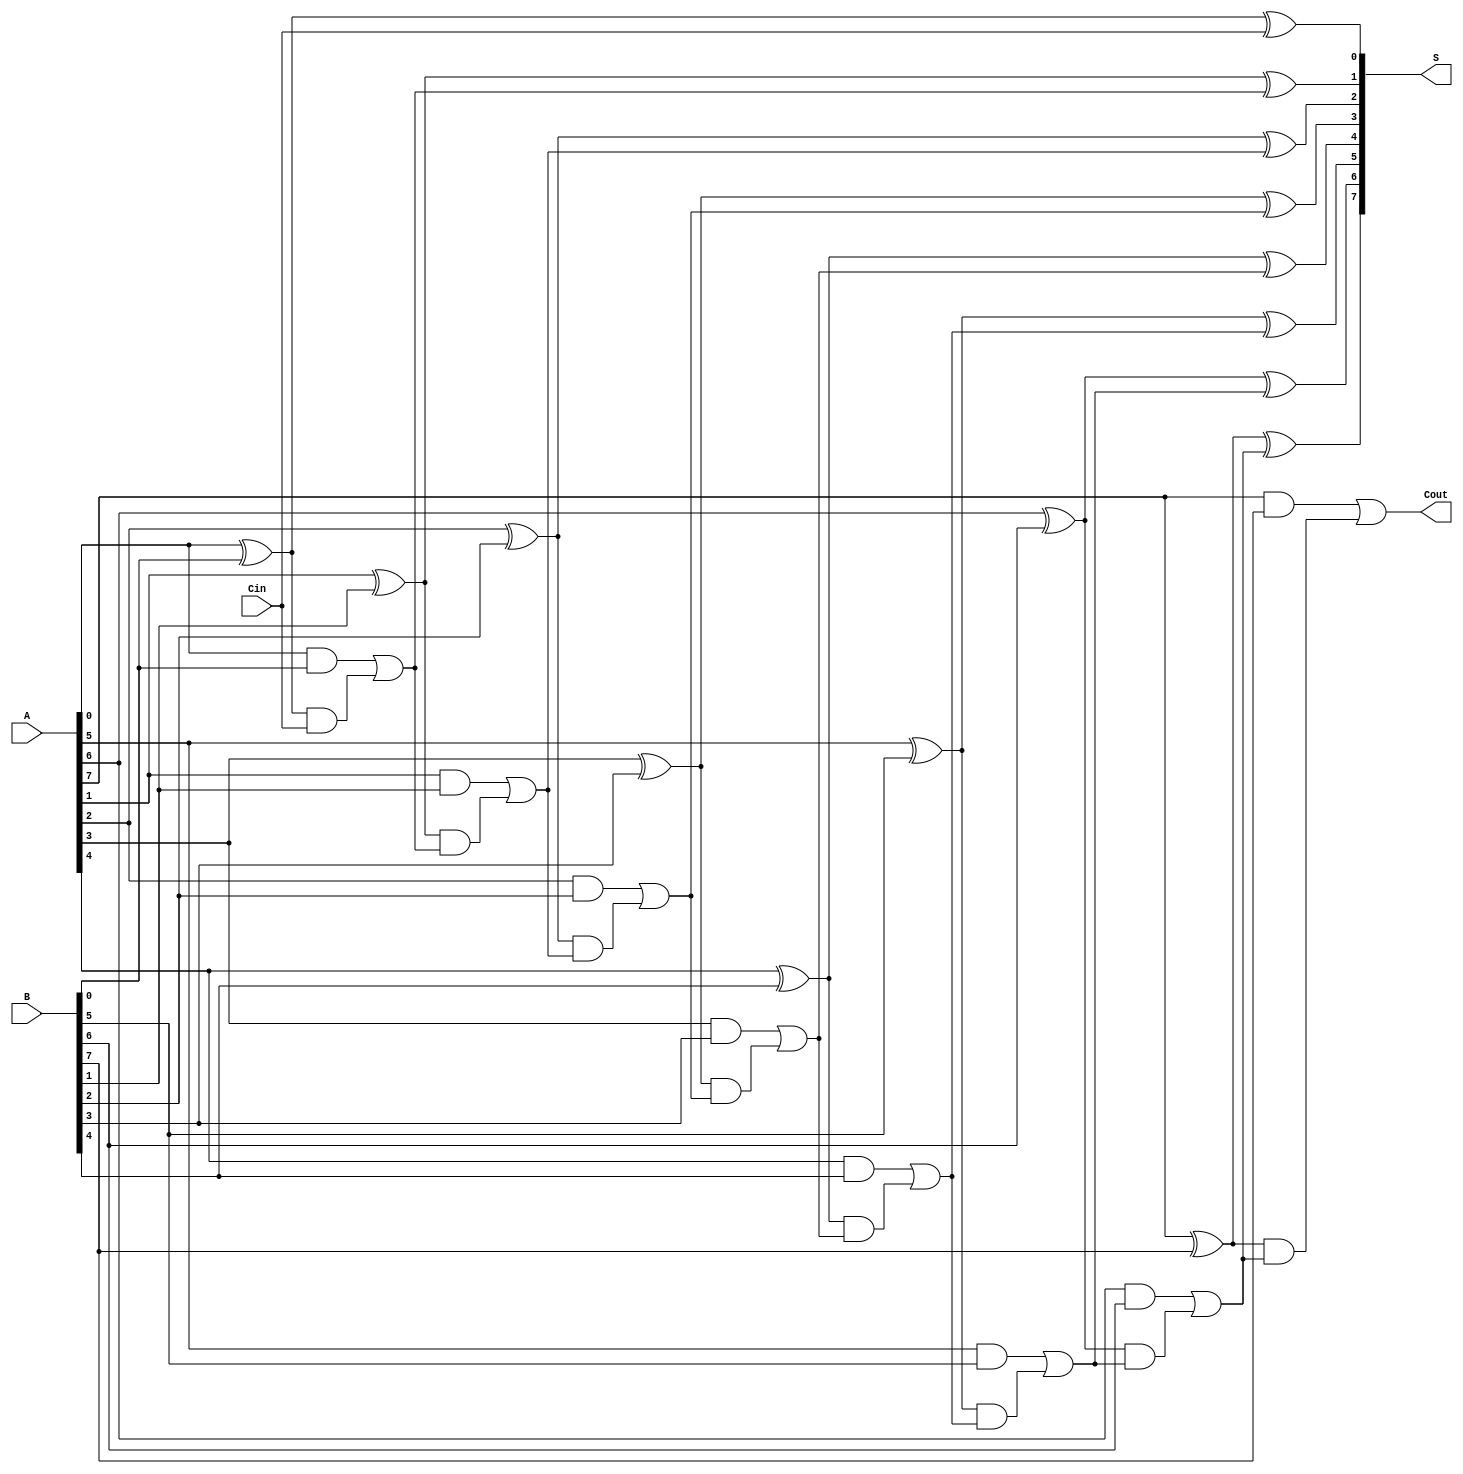
module LingAdder #(parameter n = 8) (
    input [n-1:0] A,      // First input
    input [n-1:0] B,      // Second input
    input Cin,            // Input carry
    output [n-1:0] S,     // Sum output
    output Cout           // Carry output
);

    wire [n:0] C;         // Carry signals
    wire [n-1:0] G;       // Generate signals
    wire [n-1:0] P;       // Propagate signals

    // Generate and Propagate signals
    genvar i;
    generate
        for (i = 0; i < n; i = i + 1) begin : gen_prop
            assign G[i] = A[i] & B[i];              // Generate
            assign P[i] = A[i] ^ B[i];              // Propagate
        end
    endgenerate

    // Carry generation using carry lookahead logic
    assign C[0] = Cin; // Initial carry is the input carry
    generate
        for (i = 1; i <= n; i = i + 1) begin : carry_gen
            assign C[i] = G[i-1] | (P[i-1] & C[i-1]); // Carry generation
        end
    endgenerate

    // Sum generation
    generate
        for (i = 0; i < n; i = i + 1) begin : sum_gen
            assign S[i] = A[i] ^ B[i] ^ C[i]; // Sum calculation
        end
    endgenerate

    // Final carry output
    assign Cout = C[n]; // Carry out from the most significant bit

endmodule